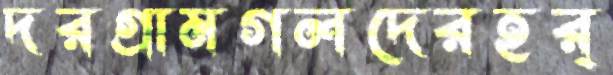
দরগ্রামগলদেরহর্